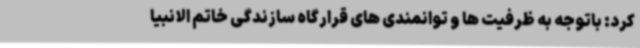
کرد: باتوجه به ظرفیت ها و توانمندی های قرارگاه سازندگی خاتم الانبیا